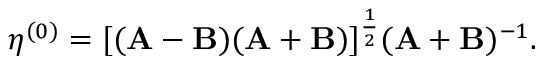
\eta ^ { ( 0 ) } = [ ( \mathbf { A } - \mathbf { B } ) ( \mathbf { A } + \mathbf { B } ) ] ^ { \frac { 1 } { 2 } } ( \mathbf { A } + \mathbf { B } ) ^ { - 1 } .